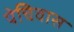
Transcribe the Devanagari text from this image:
पेचिवास